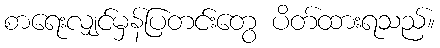
စာရေးလျှင်မှန်ပြတင်းတွေ ပိတ်ထားရသည်။